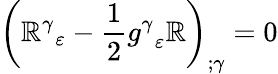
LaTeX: \left({\mathbb{R}^{\gamma}}_{\varepsilon}-{\frac{{1}}{{2}}}{g^{\gamma}}_{\varepsilon}\mathbb{R}\right)_{;\gamma}=0